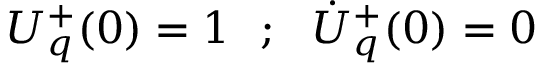
{ \cal { U } } _ { q } ^ { + } ( 0 ) = 1 ~ ~ ; ~ ~ \dot { \cal { U } } _ { q } ^ { + } ( 0 ) = 0